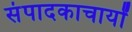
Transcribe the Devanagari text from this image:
संपादकाचार्यों